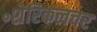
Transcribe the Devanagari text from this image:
॰शेरिकलचर